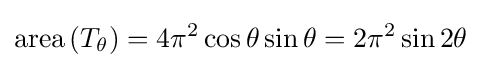
\operatorname {area} \left(T_{\theta }\right)=4\pi ^{2}\cos \theta \sin \theta =2\pi ^{2}\sin 2\theta